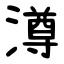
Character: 澊